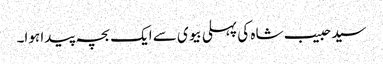
سید حبیب شاہ کی پہلی بیوی سے ایک بچہ پیدا ہوا۔